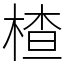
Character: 楂